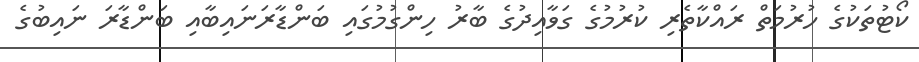
ކޯޓުތަކުގެ ހުރުމަތް ރައްކާތެރި ކުރުމުގެ ގަވާއިދުގެ ބާރު ހިންގުމުގައި ބަންޑާރަނައިބާއި ބަންޑާރަ ނައިބުގެ